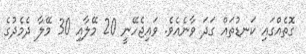
ގޮތެއްގައި ކަނޑުތައް ގަދަ ވާނެއެވެ. ވައިޖެހޭނީ 20 މޭލާއި 30 މޭލާ ދެމެދުގެ